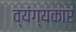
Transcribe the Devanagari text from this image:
व्‍यंग्‍यकार